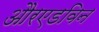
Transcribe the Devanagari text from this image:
औरएडविन